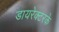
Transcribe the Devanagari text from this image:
डायरेक्टरके